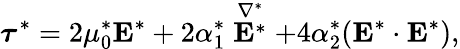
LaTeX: \boldsymbol{\tau}^{*}=2\mu_{0}^{*}\boldsymbol{\mathrm{E}}^{*}+2\alpha_{1}^{*}\stackrel{\nabla^{*}}{\boldsymbol{\mathrm{E}}^{*}}+4\alpha_{2}^{*}(\boldsymbol{\mathrm{E}}^{*}\cdot\boldsymbol{\mathrm{E}}^{*}),